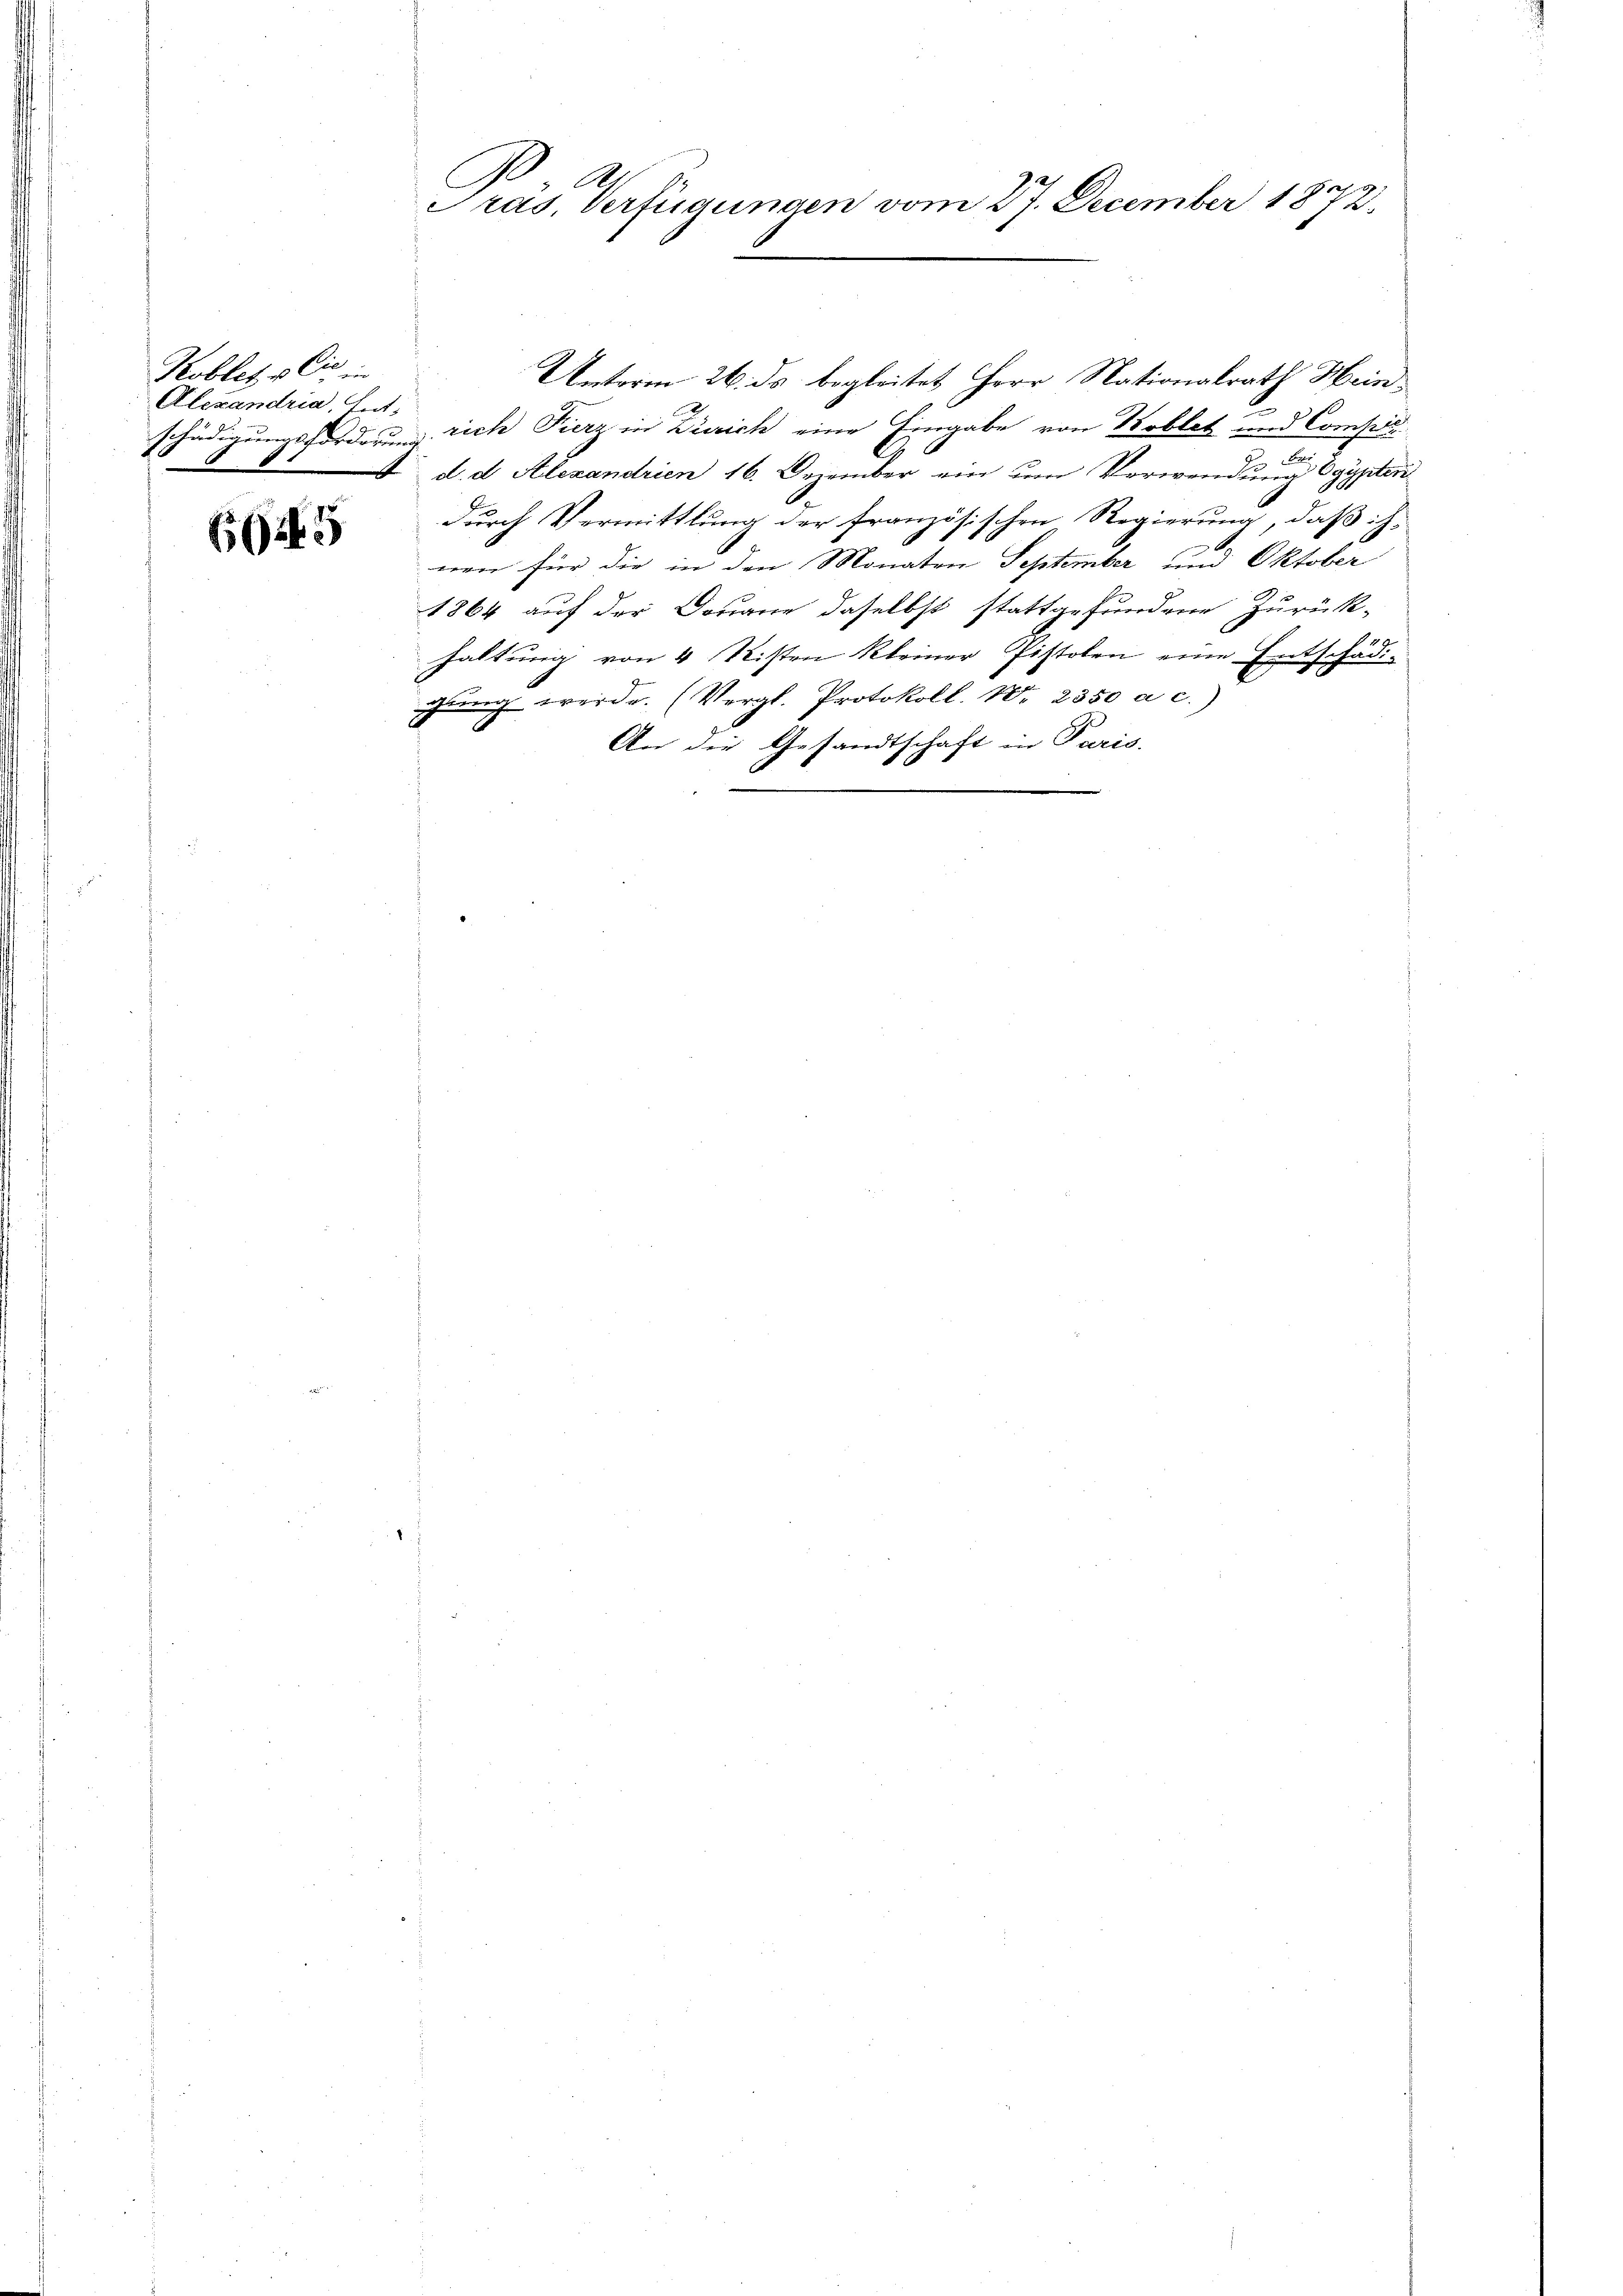
Koblet, u. Cie in
Alexandria, Ent
4

EG245

Präs. Verfügungen vom 27. December 1872.

Unterm 26. ds begleitet Herr Nationalrath Heinschädigungsforderung sich Fierz in Zürich eine Eingabe von Koblet und Compiss
Be
d. d. Alexandrien 16. Dezember ein um Verwendung Egypten
durch Vermittlung der französischen Regierung, daß ihnen für die in den Monaten September und Oktober
1864 auf der Douane daselbst stattgefundene Zurück-
haltung von 4 Risten kleiner Pistolen eine Entschädigŭng werde. (Vergl. Protokoll. Nr. 2350 a c.)
2
An die Gesa
Tschaft in Paris.